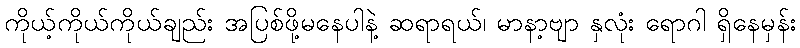
ကိုယ့်ကိုယ်ကိုယ်ချည်း အပြစ်ဖို့မနေပါနဲ့ ဆရာရယ်၊ မာနာ့ဗျာ နှလုံး ရောဂါ ရှိနေမှန်း